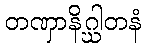
တဏှာနိဂ္ဃါတနံ